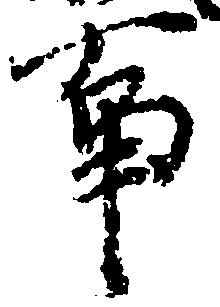
事